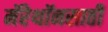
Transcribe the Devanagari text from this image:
मॅरेथॉनसाठी